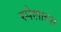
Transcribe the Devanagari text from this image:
स्पेशाल्स